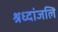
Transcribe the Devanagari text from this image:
श्रध्दांजलि